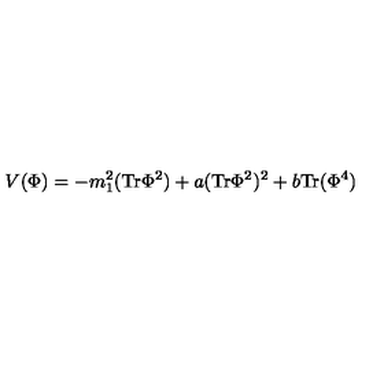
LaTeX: V ( \Phi ) = - m _ { 1 } ^ { 2 } ( \mathrm { T r } \Phi ^ { 2 } ) + a ( \mathrm { T r } \Phi ^ { 2 } ) ^ { 2 } + b \mathrm { T r } ( \Phi ^ { 4 } ) \